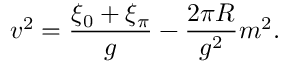
v ^ { 2 } = { \frac { \xi _ { 0 } + \xi _ { \pi } } { g } } - { \frac { 2 \pi R } { g ^ { 2 } } } m ^ { 2 } .